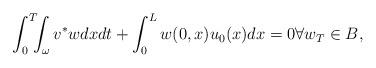
LaTeX: \begin{align*}\int_{0}^{T}\!\!\!\int_{\omega}v^{\ast}wdxdt+\int_{0}^{L}w( 0,x)u_{0}( x) dx=0 \forall w_T\in B,\end{align*}